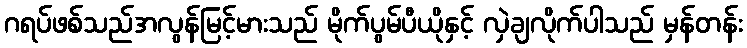
ဂရပ်ဖစ်သည်အလွန်မြင့်မားသည် မိုက်ပွမ်ပီယိုနှင့် လှဲချလိုက်ပါသည် မှန်တန်း